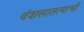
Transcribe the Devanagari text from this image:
वंशसातत्याची